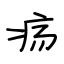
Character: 疡